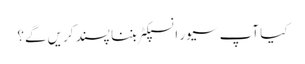
کیا آپ سیور انسپکٹر بننا پسند کریں گے؟